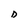
Character: D